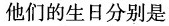
他们的生日分别是